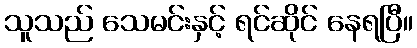
သူသည် သေမင်းနှင့် ရင်ဆိုင် နေရပြီ။